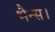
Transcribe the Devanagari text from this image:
भैन्स।